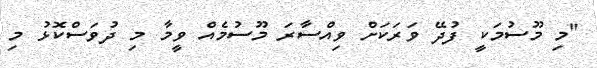
"މި މޫސުމަކީ ފުދޭ ވަރަކަށް ވިއްސާރަ މޫސުމެއް ވީމާ މި ދުވަސްކޮޅު މި